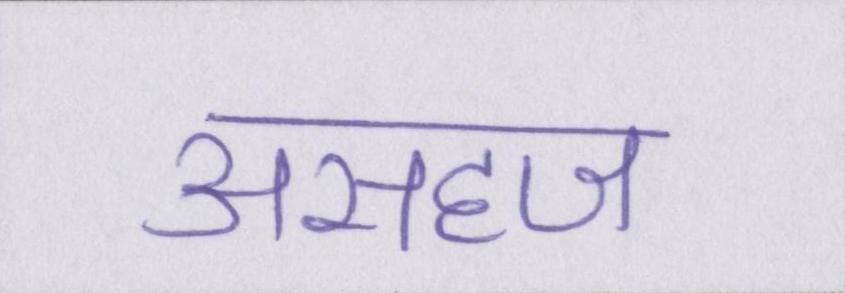
असहज